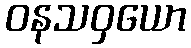
ဝနသဝှယော